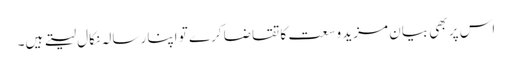
اس پر بھی بیان مزید وسعت کا تقاضا کرے تو اپنا رسالہ نکال لیتے ہیں۔